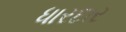
ધારદાર